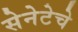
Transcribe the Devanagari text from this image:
सेनेटेचे